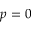
p = 0